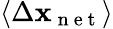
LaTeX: \left\langle\Delta\mathbf{x}_{\mathrm{{~n~e~t~}}}\right\rangle